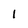
Character: 1